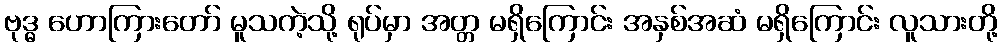
ဗုဒ္ဓ ဟောကြားတော် မူသကဲ့သို့ ရုပ်မှာ အတ္တ မရှိကြောင်း အနှစ်အဆံ မရှိကြောင်း လူသားတို့